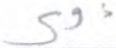
ذوي